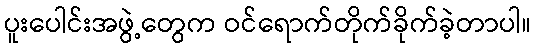
ပူးပေါင်းအဖွဲ့တွေက ဝင်ရောက်တိုက်ခိုက်ခဲ့တာပါ။